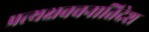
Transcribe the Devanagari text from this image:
प्रत्यक्षवचनातिदेश